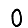
Digit: 0